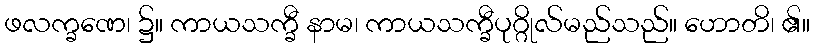
ဖလက္ခဏေ၊ ၌။ ကာယသက္ခီ နာမ၊ ကာယသက္ခီပုဂ္ဂိုလ်မည်သည်။ ဟောတိ၊ ၏။